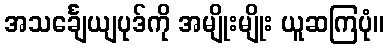
အသင်္ချေယျပုဒ်ကို အမျိုးမျိုး ယူဆကြပုံ။